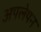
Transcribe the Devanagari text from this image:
अपलेपन